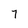
Character: 7